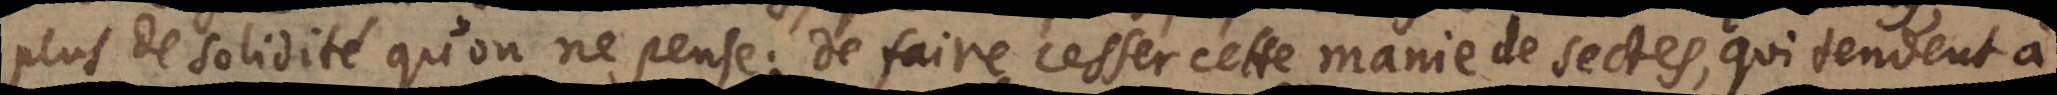
plus de solidité qu’on ne pense; de faire cesser cette manie de sectes, et des qui tendent à